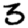
Digit: 3